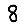
Digit: 8